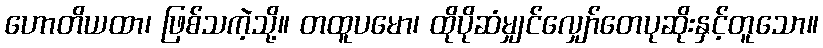
ဟောတိယထာ၊ ဖြစ်သကဲ့သို့။ တထူပမော၊ ထိုပိုဆံမျှင်လျှော်တေပုဆိုးနှင့်တူသော။